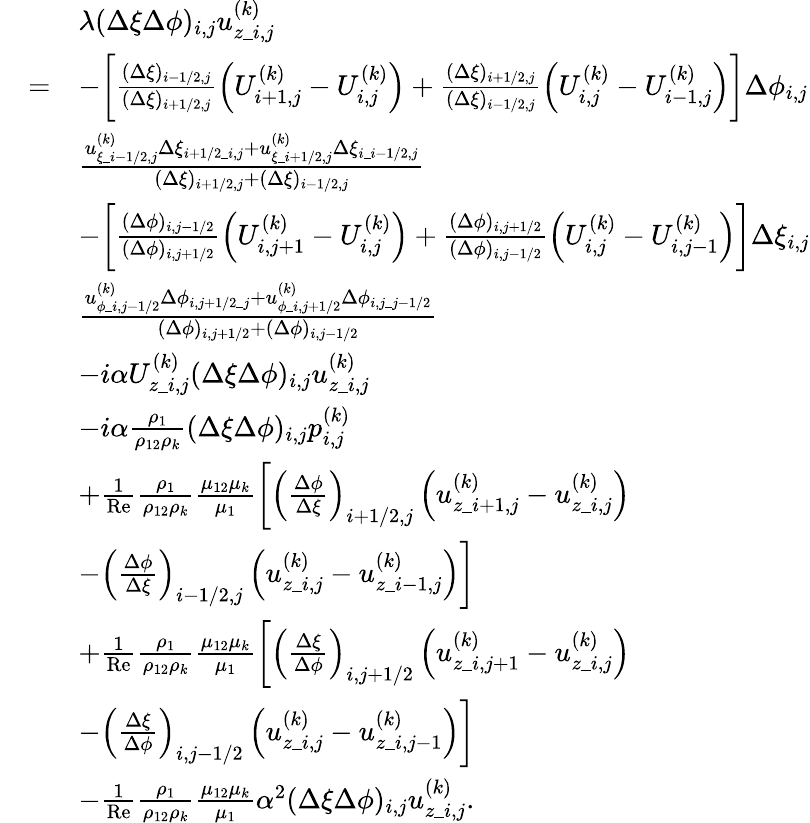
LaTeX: \begin{array}{rl}&{\begin{array}{rl}&{\lambda(\Delta\xi\Delta\phi)_{i,j}u_{z\_ i,j}^{(k)}}\\ {=}&{-\biggl[\frac{(\Delta\xi)_{i-1/2,j}}{(\Delta\xi)_{i+1/2,j}}\left(U_{i+1,j}^{(k)}-U_{i,j}^{(k)}\right)+\frac{(\Delta\xi)_{i+1/2,j}}{(\Delta\xi)_{i-1/2,j}}\left(U_{i,j}^{(k)}-U_{i-1,j}^{(k)}\right)\biggr]\Delta\phi_{i,j}}\\ &{\frac{u_{\xi\_ i-1/2,j}^{(k)}\Delta\xi_{i+1/2\_ i,j}+u_{\xi\_ i+1/2,j}^{(k)}\Delta\xi_{i\_ i-1/2,j}}{(\Delta\xi)_{i+1/2,j}+(\Delta\xi)_{i-1/2,j}}}\\ &{-\biggl[\frac{(\Delta\phi)_{i,j-1/2}}{(\Delta\phi)_{i,j+1/2}}\left(U_{i,j+1}^{(k)}-U_{i,j}^{(k)}\right)+\frac{(\Delta\phi)_{i,j+1/2}}{(\Delta\phi)_{i,j-1/2}}\left(U_{i,j}^{(k)}-U_{i,j-1}^{(k)}\right)\biggr]\Delta\xi_{i,j}}\\ &{\frac{u_{\phi\_ i,j-1/2}^{(k)}\Delta\phi_{i,j+1/2\_ j}+u_{\phi\_ i,j+1/2}^{(k)}\Delta\phi_{i,j\_ j-1/2}}{(\Delta\phi)_{i,j+1/2}+(\Delta\phi)_{i,j-1/2}}}\\ &{-i\alpha U_{z\_ i,j}^{(k)}(\Delta\xi\Delta\phi)_{i,j}u_{z\_ i,j}^{(k)}}\\ &{-i\alpha\frac{\rho_{1}}{\rho_{12}\rho_{k}}(\Delta\xi\Delta\phi)_{i,j}p_{i,j}^{(k)}}\\ &{+\frac{1}{\mathrm{Re}}\frac{\rho_{1}}{\rho_{12}\rho_{k}}\frac{\mu_{12}\mu_{k}}{\mu_{1}}\biggl[\left(\frac{\Delta\phi}{\Delta\xi}\right)_{i+1/2,j}\left(u_{z\_ {i+1,j}}^{(k)}-u_{z\_ {i,j}}^{(k)}\right)}\\ &{-\left(\frac{\Delta\phi}{\Delta\xi}\right)_{i-1/2,j}\left(u_{z\_ {i,j}}^{(k)}-u_{z\_ {i-1,j}}^{(k)}\right)\biggr]}\\ &{+\frac{1}{\mathrm{Re}}\frac{\rho_{1}}{\rho_{12}\rho_{k}}\frac{\mu_{12}\mu_{k}}{\mu_{1}}\biggl[\left(\frac{\Delta\xi}{\Delta\phi}\right)_{i,j+1/2}\left(u_{z\_ {i,j+1}}^{(k)}-u_{z\_ {i,j}}^{(k)}\right)}\\ &{-\left(\frac{\Delta\xi}{\Delta\phi}\right)_{i,j-1/2}\left(u_{z\_ {i,j}}^{(k)}-u_{z\_ {i,j-1}}^{(k)}\right)\biggr]}\\ &{-\frac{1}{\mathrm{Re}}\frac{\rho_{1}}{\rho_{12}\rho_{k}}\frac{\mu_{12}\mu_{k}}{\mu_{1}}\alpha^{2}(\Delta\xi\Delta\phi)_{i,j}u_{z\_ i,j}^{(k)}.}\end{array}}\end{array}